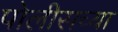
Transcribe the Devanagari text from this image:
पोलीसच्या